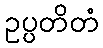
ဥပ္ပတိတံ